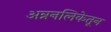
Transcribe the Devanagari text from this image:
अन्ननलिकेतून